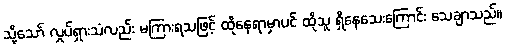
သို့သော် လှုပ်ရှားသံလည်း မကြားရသဖြင့် ထိုနေရာမှာပင် ထိုသူ ရှိနေသေးကြောင်း သေချာသည်။